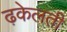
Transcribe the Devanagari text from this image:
ढ़केलती